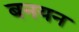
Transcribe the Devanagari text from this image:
बनयन